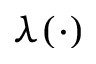
\lambda ( \cdot )